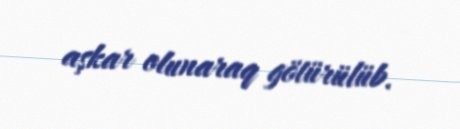
aşkar olunaraq götürülüb.